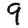
Digit: 9